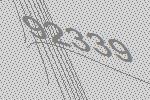
92339